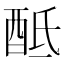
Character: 𨠏